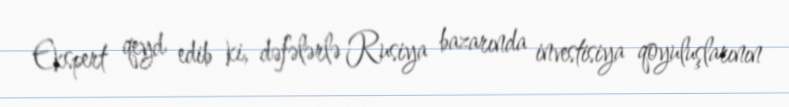
Ekspert qeyd edib ki, dəfələrlə Rusiya bazarında investisiya qoyuluşlarının